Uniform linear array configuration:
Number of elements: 64
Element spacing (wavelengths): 0.75
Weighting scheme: kaiser
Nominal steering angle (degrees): -15
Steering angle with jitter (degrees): -14.142
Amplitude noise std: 0.05
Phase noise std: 0.05

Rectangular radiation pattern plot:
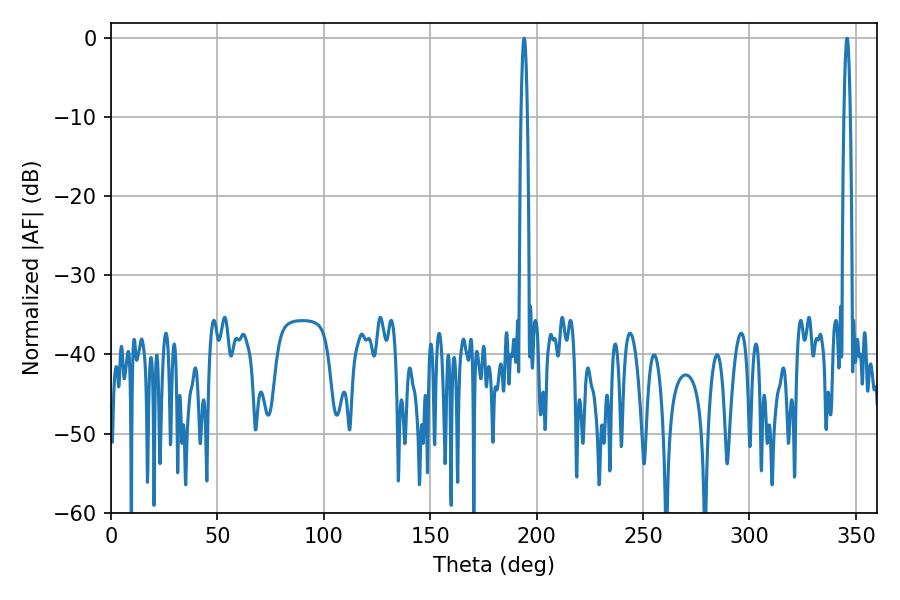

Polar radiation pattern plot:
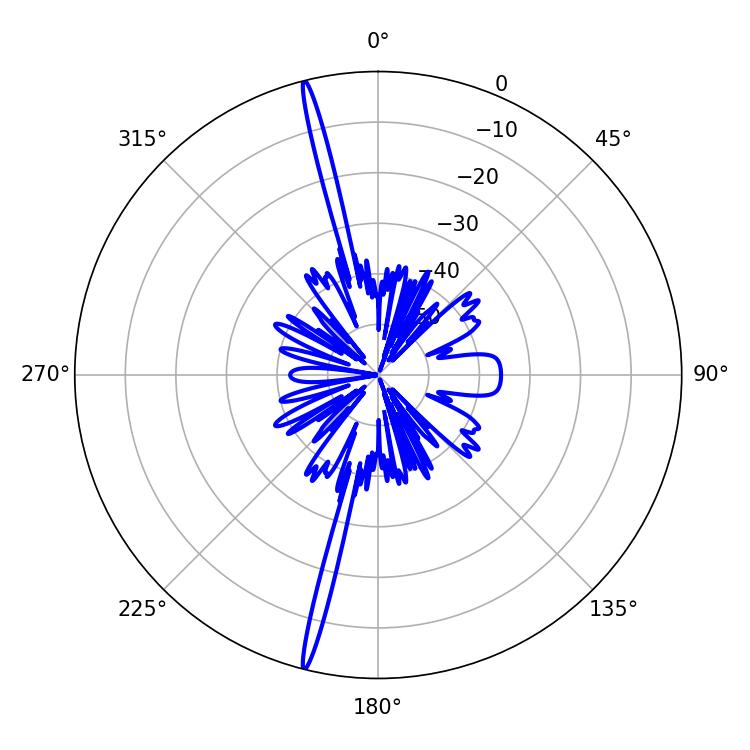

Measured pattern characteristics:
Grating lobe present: TRUE
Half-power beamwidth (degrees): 1.62
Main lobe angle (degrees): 194.04